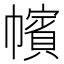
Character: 㡦